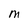
Character: M